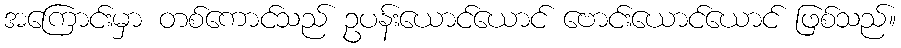
အကြောင်းမှာ တစ်ကောင်သည် ဥပန်းယောင်ယောင် ဗောင်းယောင်ယောင် ဖြစ်သည်။